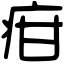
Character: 疳